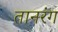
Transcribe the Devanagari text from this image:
तानरंग